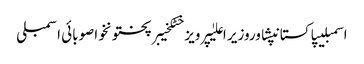
اسمبلیپاکستانپشاوروزیر اعلیٰپرویز خٹکخیبرپختونخواصوبائی اسمبلی